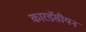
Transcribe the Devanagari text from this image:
कारडॅसीयन